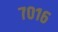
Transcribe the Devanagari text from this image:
७०१६